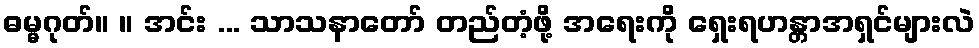
ဓမ္မဂုတ်။ ။ အင်း ... သာသနာတော် တည်တံ့ဖို့ အရေးကို ရှေးရဟန္တာအရှင်များလဲ